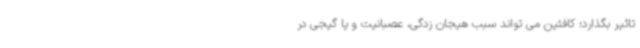
تاثیر بگذارد؛ کافئین می تواند سبب هیجان زدگی، عصبانیت و یا گیجی در